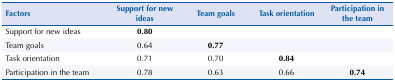
| Factors | Support for new ideas | Team goals | Task orientation | Participation in the team |
 | --- | --- | --- | --- | --- |
 | Support for new ideas | 0.80 |  |  |  |
 | Team goals | 0.64 | 0.77 |  |  |
 | Task orientation | 0.71 | 0.70 | 0.84 |  |
 | Participation in the team | 0.78 | 0.63 | 0.66 | 0.74 |